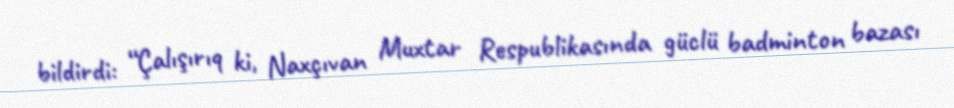
bildirdi: “Çalışırıq ki, Naxçıvan Muxtar Respublikasında güclü badminton bazası